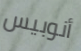
أنوبيس